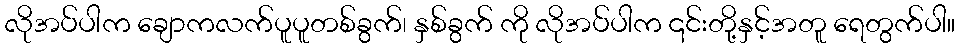
လိုအပ်ပါက ချောကလက်ပူပူတစ်ခွက်၊ နှစ်ခွက် ကို လိုအပ်ပါက ၎င်းတို့နှင့်အတူ ရေတွက်ပါ။